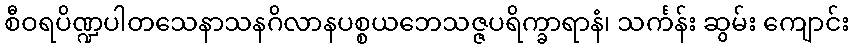
စီဝရပိဏ္ဍပါတသေနာသနဂိလာနပစ္စယဘေသဇ္ဇပရိက္ခာရာနံ၊ သင်္ကန်း ဆွမ်း ကျောင်း